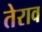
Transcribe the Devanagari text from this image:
तेराव